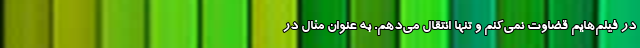
در فیلم‌هایم قضاوت نمی‌کنم و تنها انتقال می‌دهم. به عنوان مثال در